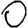
Digit: 0